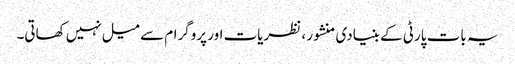
یہ بات پارٹی کے بنیادی منشور ، نظریات اور پروگرام سے میل نہیں کھاتی۔